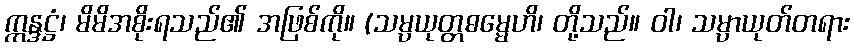
ဣန္ဒဋ္ဌံ၊ မိမိအစိုးရသည်၏ အဖြစ်ကို။ (သမ္ပယုတ္တဓမ္မေဟိ၊ တို့သည်။ ဝါ၊ သမ္ပာယုတ်တရား